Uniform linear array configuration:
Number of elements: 32
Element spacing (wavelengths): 0.25
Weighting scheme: hann
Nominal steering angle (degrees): -30
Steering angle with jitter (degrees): -28.284
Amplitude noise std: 0.05
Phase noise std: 0.05

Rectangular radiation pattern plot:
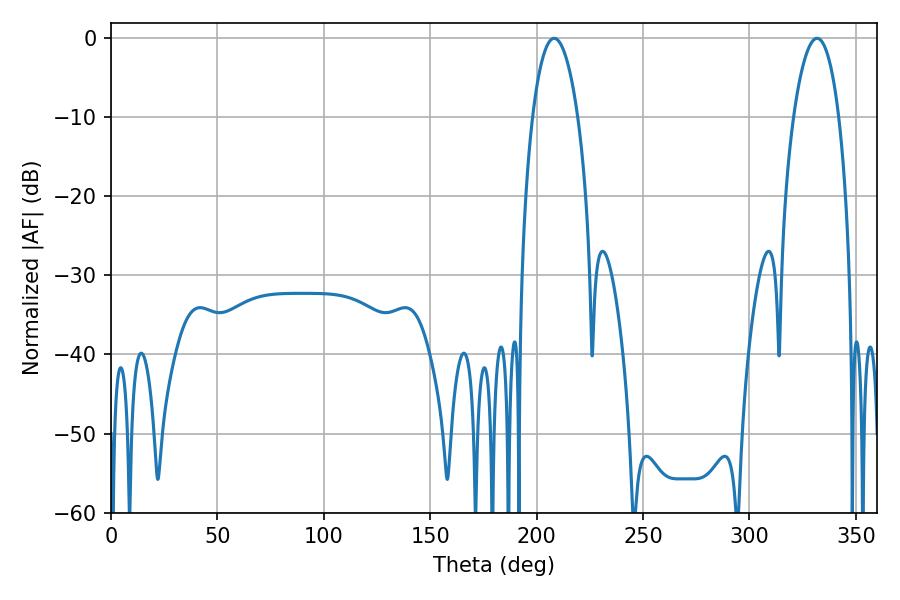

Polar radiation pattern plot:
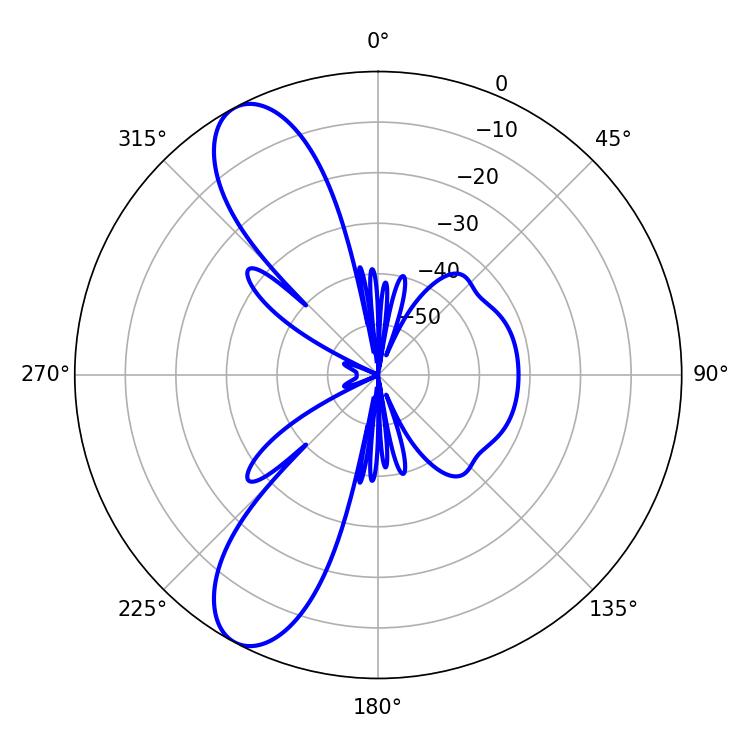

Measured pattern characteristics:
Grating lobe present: FALSE
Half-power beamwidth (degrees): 11.88
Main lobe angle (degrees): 331.74